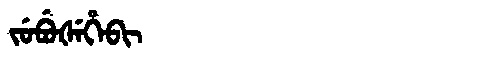
Manchu: ᠵᡠᠪᡠᡧᡝᡥᡝᠪᡳ
Romanization: JUBUŠEHEBI